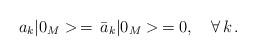
LaTeX: \begin{align*}a_k|0_M>\,=\,\bar{a}_k|0_M>\,=0, \quad \forall \,k\,{.}\end{align*}